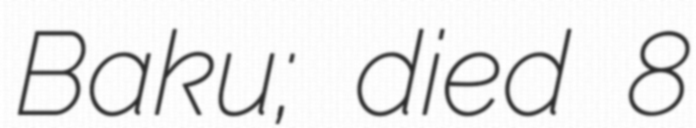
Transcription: Baku; died 8